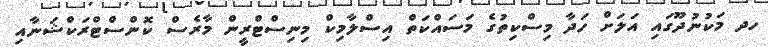
ހދ މަކުނުދޫގައި އަލަށް ހަދާ މިސްކިތުގެ މަސައްކަތް އިސްލާމިކް މިނިސްޓްރީން މާރެސް ކޮންސްޓްރަކްޝަނާއި